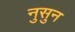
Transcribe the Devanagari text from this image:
नुसुन